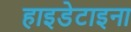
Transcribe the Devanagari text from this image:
हाइडेटाइना